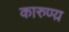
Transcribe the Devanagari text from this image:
कारुण्य़